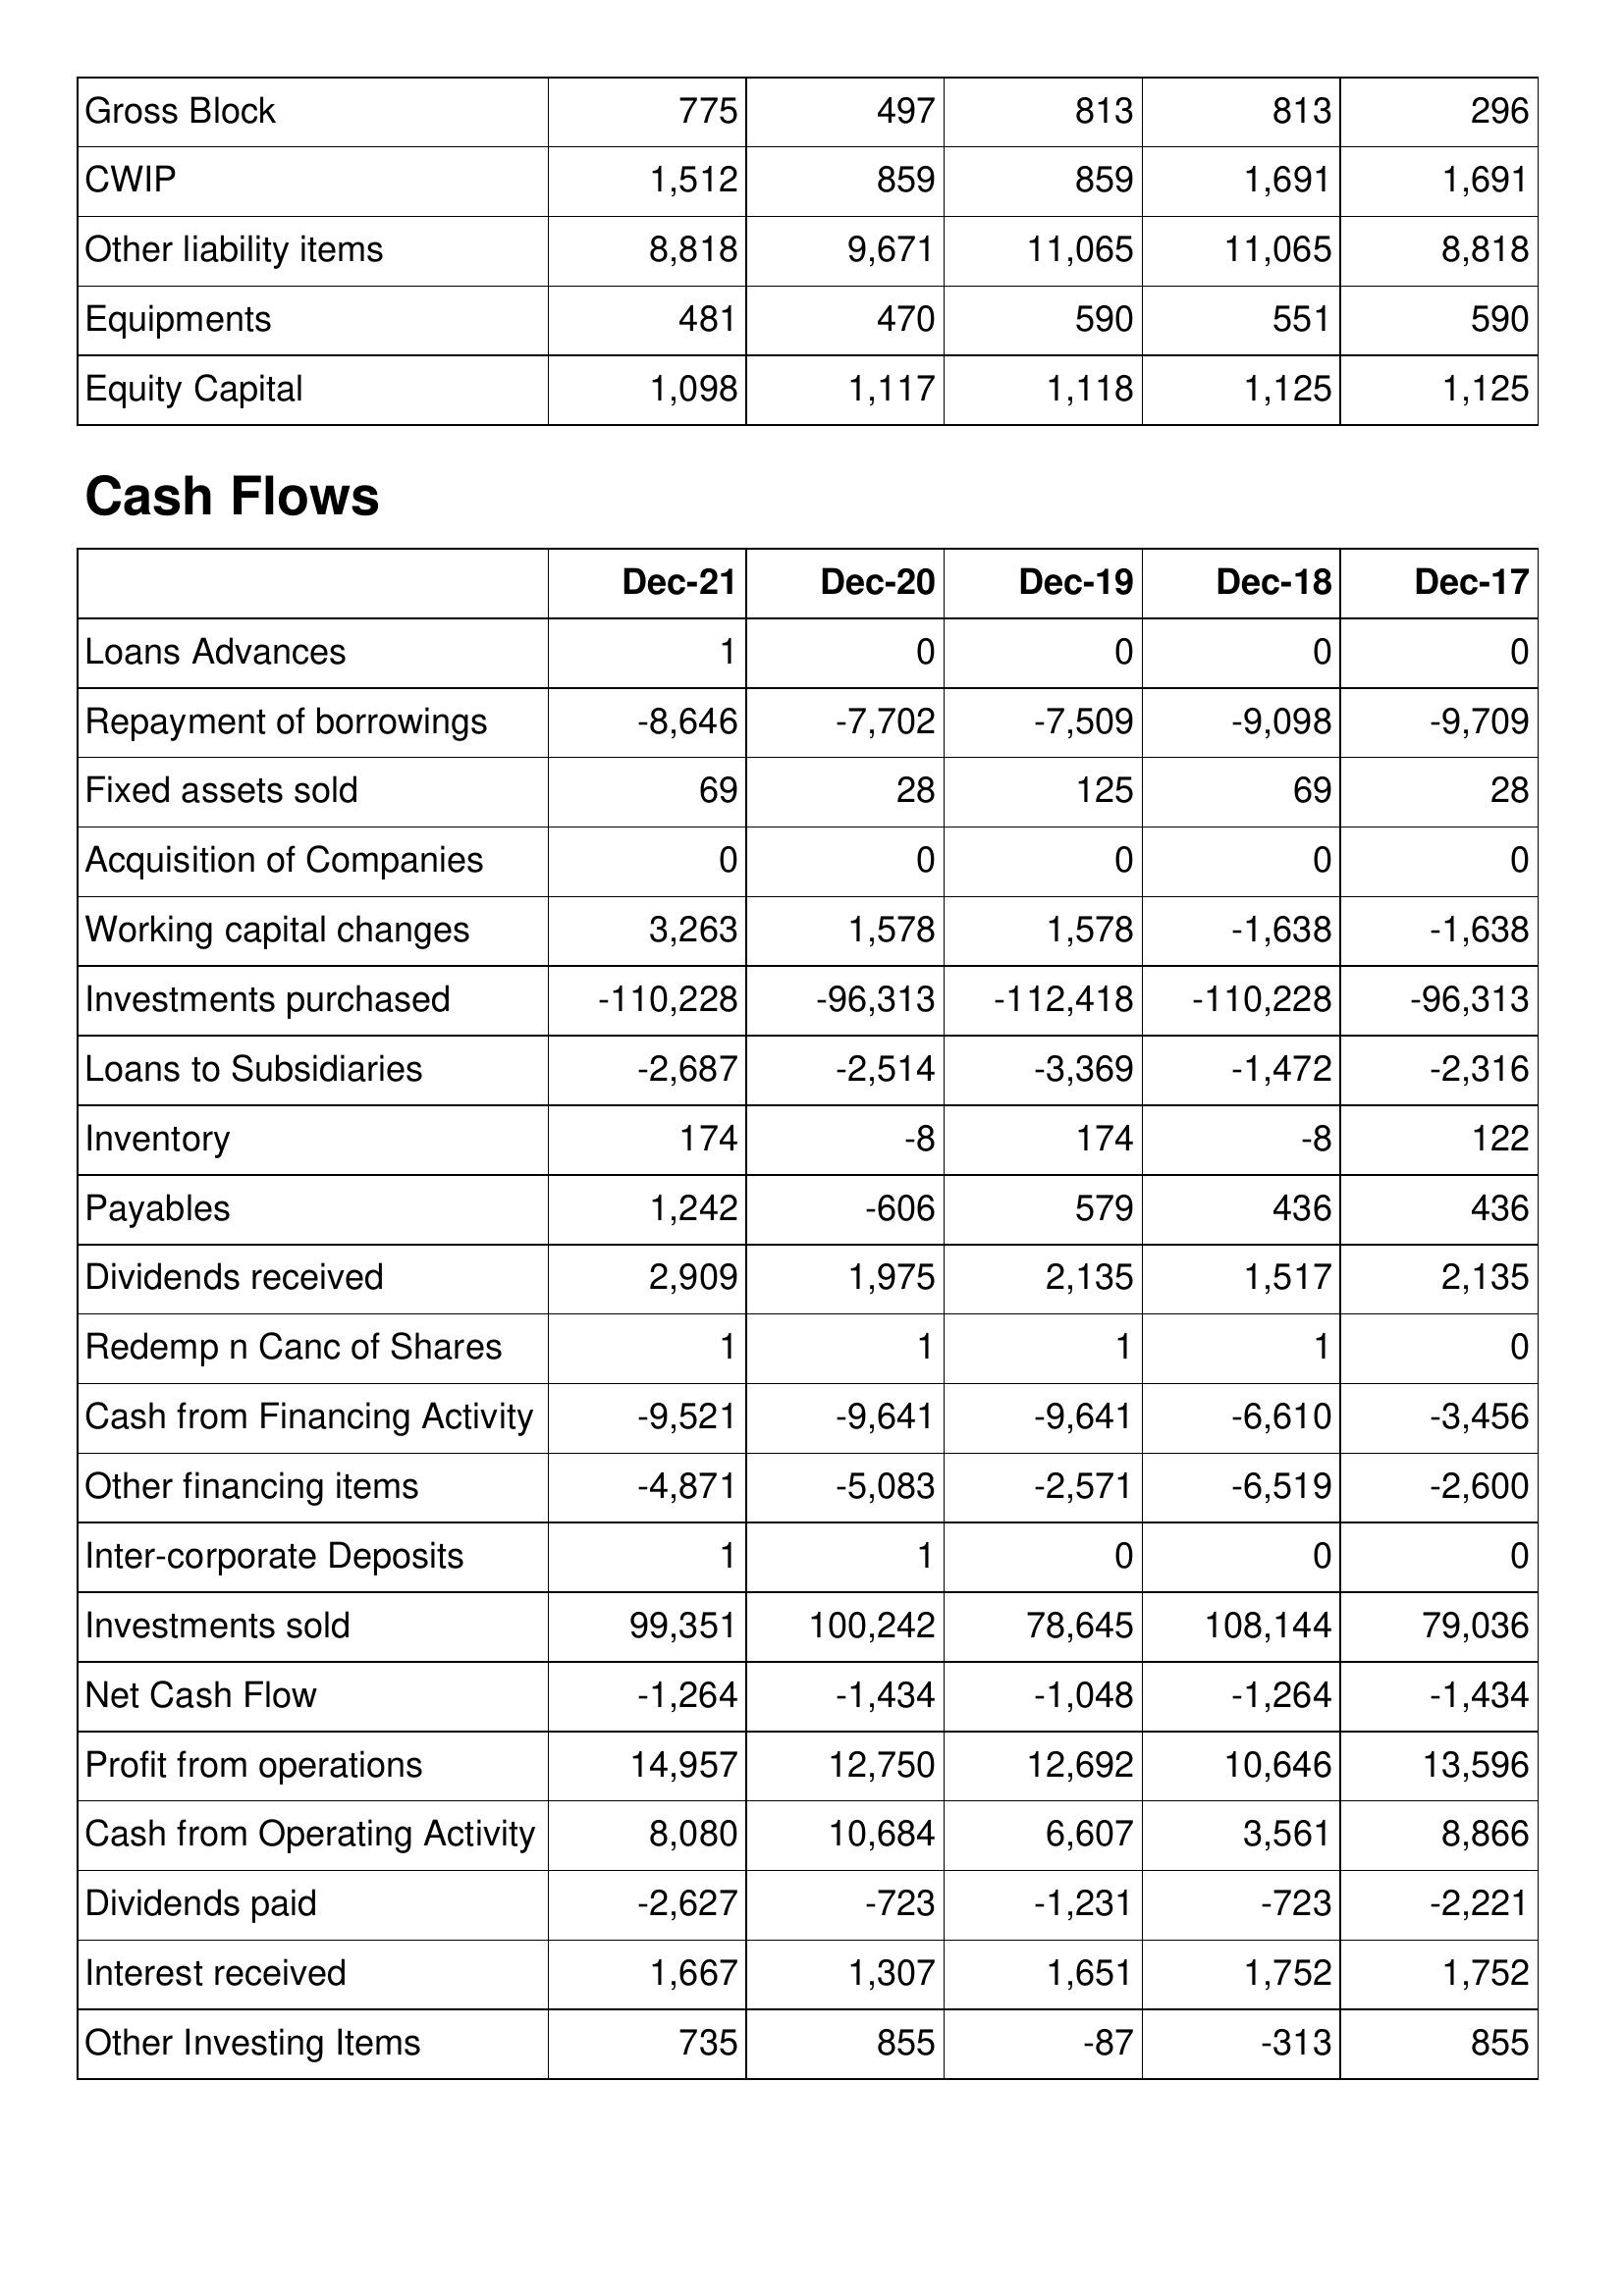
Dec-21: Balance Sheet: Gross Block: 775
CWIP: 1,512
Other liability items: 8,818
Equipments: 481
Equity Capital: 1,098
Cash Flows: Loans Advances: 1
Repayment of borrowings: -8,646
Fixed assets sold: 69
Acquisition of Companies: 0
Working capital changes: 3,263
Investments purchased: -110,228
Loans to Subsidiaries: -2,687
Inventory: 174
Payables: 1,242
Dividends received: 2,909
Redemp n Canc of Shares: 1
Cash from Financing Activity: -9,521
Other financing items: -4,871
Inter-corporate Deposits: 1
Investments sold: 99,351
Net Cash Flow: -1,264
Profit from operations: 14,957
Cash from Operating Activity: 8,080
Dividends paid: -2,627
Interest received: 1,667
Other Investing Items: 735
Dec-20: Balance Sheet: Gross Block: 497
CWIP: 859
Other liability items: 9,671
Equipments: 470
Equity Capital: 1,117
Cash Flows: Loans Advances: 0
Repayment of borrowings: -7,702
Fixed assets sold: 28
Acquisition of Companies: 0
Working capital changes: 1,578
Investments purchased: -96,313
Loans to Subsidiaries: -2,514
Inventory: -8
Payables: -606
Dividends received: 1,975
Redemp n Canc of Shares: 1
Cash from Financing Activity: -9,641
Other financing items: -5,083
Inter-corporate Deposits: 1
Investments sold: 100,242
Net Cash Flow: -1,434
Profit from operations: 12,750
Cash from Operating Activity: 10,684
Dividends paid: -723
Interest received: 1,307
Other Investing Items: 855
Dec-19: Balance Sheet: Gross Block: 813
CWIP: 859
Other liability items: 11,065
Equipments: 590
Equity Capital: 1,118
Cash Flows: Loans Advances: 0
Repayment of borrowings: -7,509
Fixed assets sold: 125
Acquisition of Companies: 0
Working capital changes: 1,578
Investments purchased: -112,418
Loans to Subsidiaries: -3,369
Inventory: 174
Payables: 579
Dividends received: 2,135
Redemp n Canc of Shares: 1
Cash from Financing Activity: -9,641
Other financing items: -2,571
Inter-corporate Deposits: 0
Investments sold: 78,645
Net Cash Flow: -1,048
Profit from operations: 12,692
Cash from Operating Activity: 6,607
Dividends paid: -1,231
Interest received: 1,651
Other Investing Items: -87
Dec-18: Balance Sheet: Gross Block: 813
CWIP: 1,691
Other liability items: 11,065
Equipments: 551
Equity Capital: 1,125
Cash Flows: Loans Advances: 0
Repayment of borrowings: -9,098
Fixed assets sold: 69
Acquisition of Companies: 0
Working capital changes: -1,638
Investments purchased: -110,228
Loans to Subsidiaries: -1,472
Inventory: -8
Payables: 436
Dividends received: 1,517
Redemp n Canc of Shares: 1
Cash from Financing Activity: -6,610
Other financing items: -6,519
Inter-corporate Deposits: 0
Investments sold: 108,144
Net Cash Flow: -1,264
Profit from operations: 10,646
Cash from Operating Activity: 3,561
Dividends paid: -723
Interest received: 1,752
Other Investing Items: -313
Dec-17: Balance Sheet: Gross Block: 296
CWIP: 1,691
Other liability items: 8,818
Equipments: 590
Equity Capital: 1,125
Cash Flows: Loans Advances: 0
Repayment of borrowings: -9,709
Fixed assets sold: 28
Acquisition of Companies: 0
Working capital changes: -1,638
Investments purchased: -96,313
Loans to Subsidiaries: -2,316
Inventory: 122
Payables: 436
Dividends received: 2,135
Redemp n Canc of Shares: 0
Cash from Financing Activity: -3,456
Other financing items: -2,600
Inter-corporate Deposits: 0
Investments sold: 79,036
Net Cash Flow: -1,434
Profit from operations: 13,596
Cash from Operating Activity: 8,866
Dividends paid: -2,221
Interest received: 1,752
Other Investing Items: 855